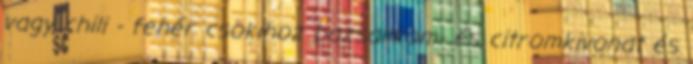
vagy chili - fehér csokihoz bazsalikom- és citromkivonat és